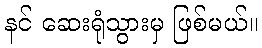
နင် ဆေးရုံသွားမှ ဖြစ်မယ်။